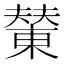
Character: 𪳭